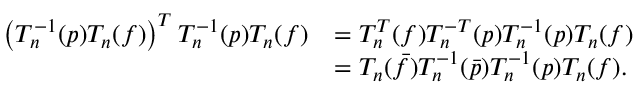
\begin{array} { r l } { \left( T _ { n } ^ { - 1 } ( p ) T _ { n } ( f ) \right) ^ { T } T _ { n } ^ { - 1 } ( p ) T _ { n } ( f ) } & { = T _ { n } ^ { T } ( f ) T _ { n } ^ { - T } ( p ) T _ { n } ^ { - 1 } ( p ) T _ { n } ( f ) } \\ & { = T _ { n } ( \bar { f } ) T _ { n } ^ { - 1 } ( \bar { p } ) T _ { n } ^ { - 1 } ( p ) T _ { n } ( f ) . } \end{array}